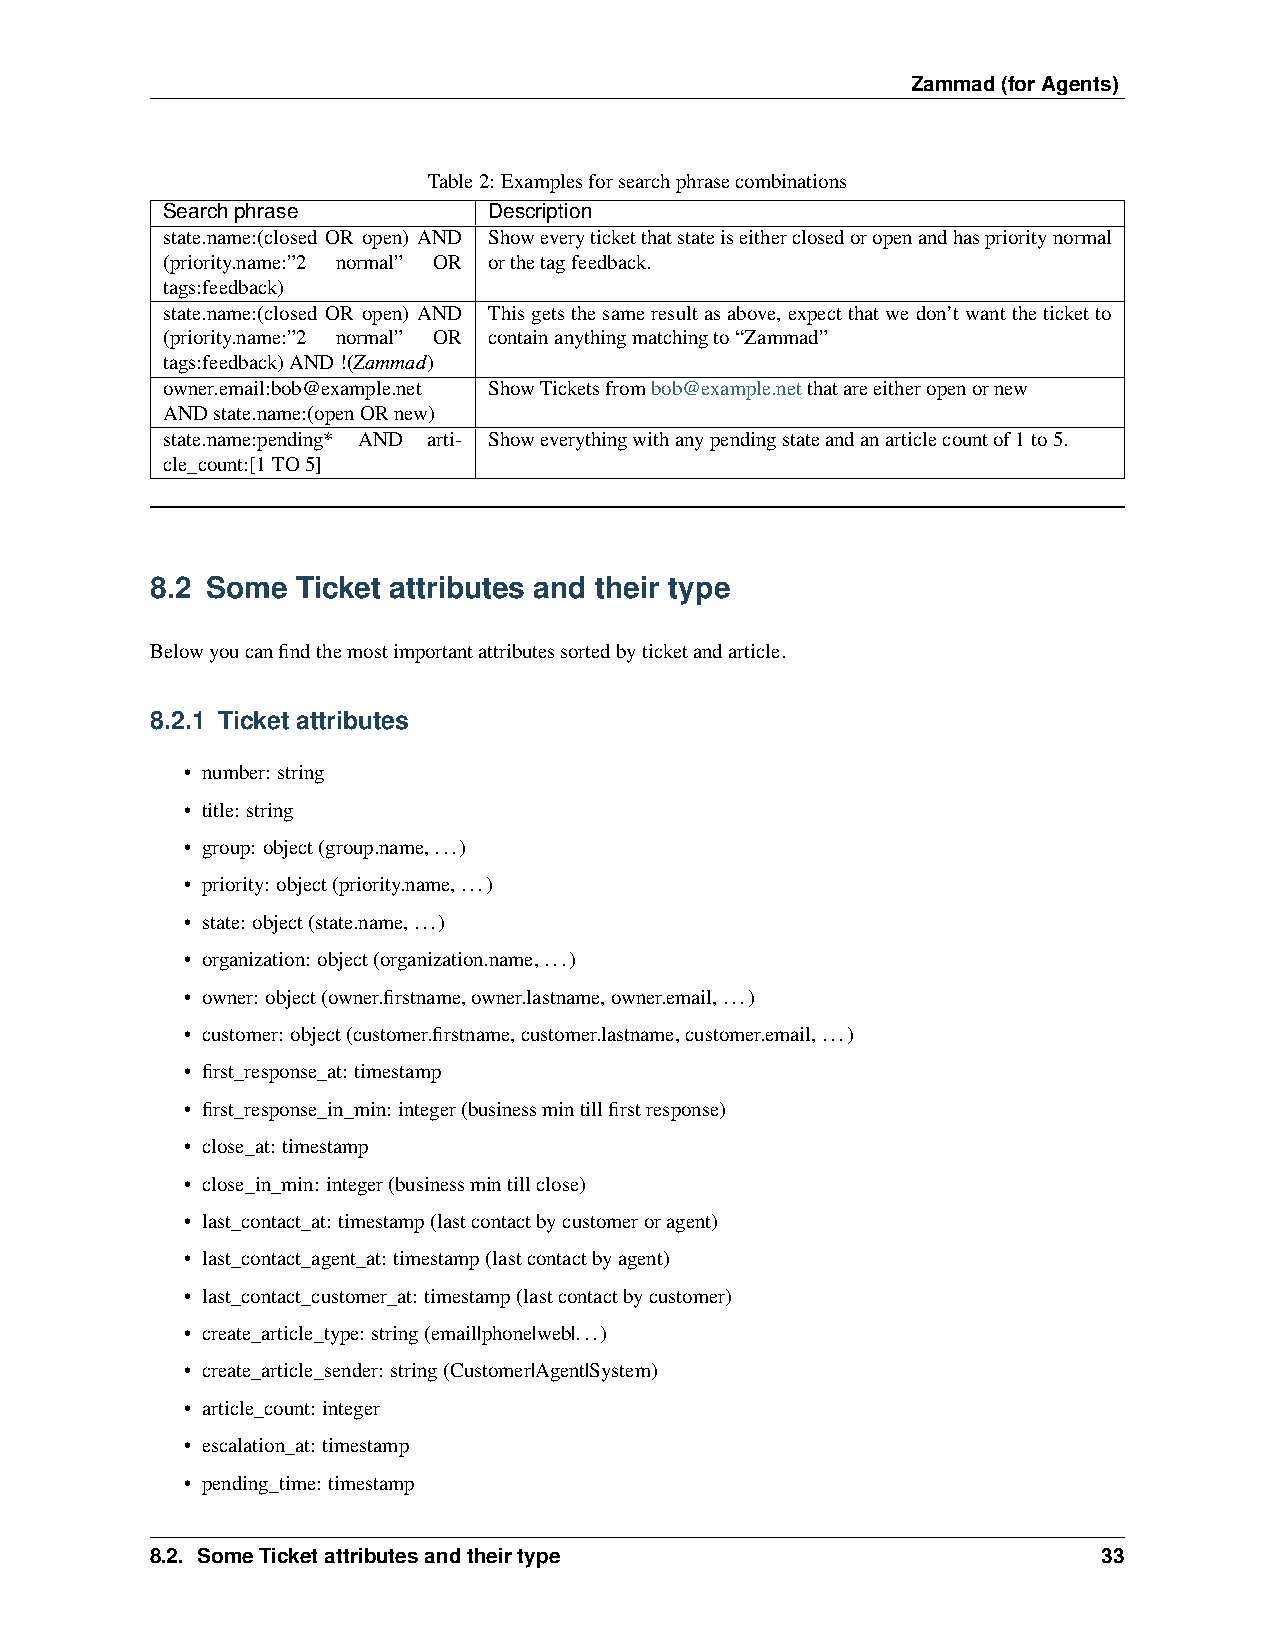
Zammad(forAgents)
 Table2: Examplesforsearchphrasecombinations
 Searchphrase         Description
 state.name:(closed OR open) AND Showeveryticketthatstateiseitherclosedoropenandhasprioritynormal
 (priority.name:”2 normal” OR orthetagfeedback.
 tags:feedback)
 state.name:(closed OR open) AND Thisgetsthesameresultasabove, expectthatwedon’twanttheticketto
 (priority.name:”2 normal” OR containanythingmatchingto“Zammad”
 tags:feedback)AND!(Zammad)
 owner.email:bob@example.net ShowTicketsfrombob@example.netthatareeitheropenornew
 ANDstate.name:(openORnew)
 state.name:pending* AND arti- Showeverythingwithanypendingstateandanarticlecountof1to5.
 cle_count:[1TO5]
 8.2 Some  Ticket attributes and their type
 Belowyoucanfindthemostimportantattributessortedbyticketandarticle.
 8.2.1 Ticket attributes
 • number: string
 • title: string
 • group: object(group.name,...)
 • priority: object(priority.name,...)
 • state: object(state.name,...)
 • organization: object(organization.name,...)
 • owner: object(owner.firstname,owner.lastname,owner.email,...)
 • customer: object(customer.firstname,customer.lastname,customer.email,...)
 • first_response_at: timestamp
 • first_response_in_min: integer(businessmintillfirstresponse)
 • close_at: timestamp
 • close_in_min: integer(businessmintillclose)
 • last_contact_at: timestamp(lastcontactbycustomeroragent)
 • last_contact_agent_at: timestamp(lastcontactbyagent)
 • last_contact_customer_at: timestamp(lastcontactbycustomer)
 • create_article_type: string(email|phone|web|...)
 • create_article_sender: string(Customer|Agent|System)
 • article_count: integer
 • escalation_at: timestamp
 • pending_time: timestamp
 8.2. SomeTicketattributesandtheirtype                          33